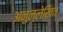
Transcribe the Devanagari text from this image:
अनुल्लेखित